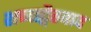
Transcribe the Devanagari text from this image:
शब्दाद्वैतवाद